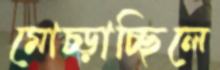
মোচ্‌ড়াচ্ছিলে